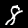
Label: 8